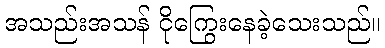
အသည်းအသန် ငိုကြွေးနေခဲ့သေးသည်။